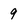
Character: 9